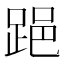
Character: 𨁲